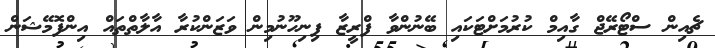
ޗެއިން ސްޓޯރޭޖް ގާއިމް ކުރުމަށްޓަކައި ބޭނުންވާ ފްރީޒާ ފިނިހޫނުމިން ވަޒަންކުރާ އާލާތްތައް އިންފޮމޭޝަން